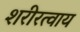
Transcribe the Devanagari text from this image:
शरीरत्वाय